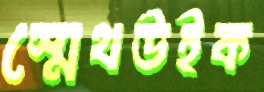
স্মেথউইক